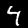
Digit: 4